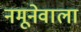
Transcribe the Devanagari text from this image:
नमूनेवाला